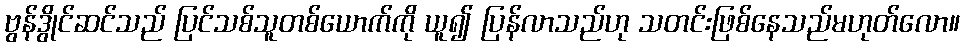
ဗွန်ဒွိုင်ဆင်သည် ပြင်သစ်သူတစ်ယောက်ကို ယူ၍ ပြန်လာသည်ဟု သတင်းဖြစ်နေသည်မဟုတ်လော။